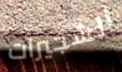
الشجيرات